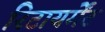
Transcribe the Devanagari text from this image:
रिटायर्मेंट